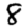
Digit: 8